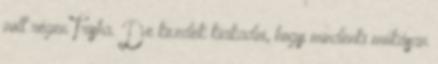
volt régen Trisha. De kezdek kiakadni, hogy mindenki mókásan